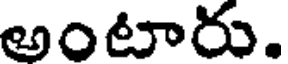
అంటారు.